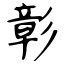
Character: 彰